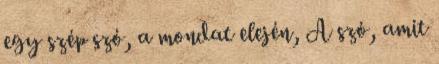
egy szép szó, a mondat elején, A szó, amit